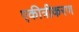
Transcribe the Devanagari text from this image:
एकीत्रीकरण